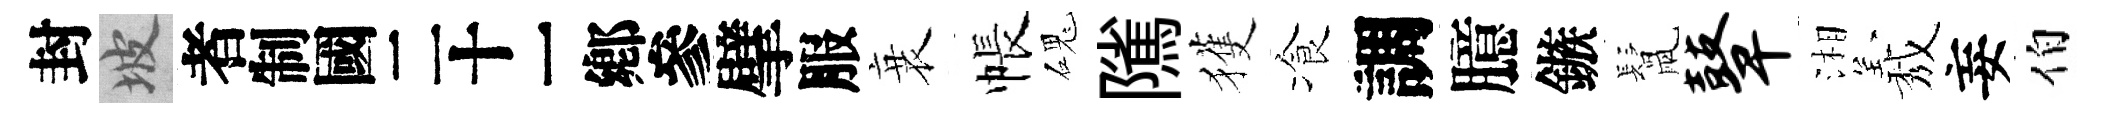
封坡识擘服衰帳磈隲獲飡調臆鏃鬛鼙湘𦏁妄伯